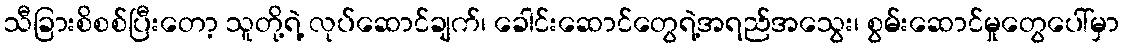
သီခြားစိစစ်ပြီးတော့ သူတို့ရဲ့ လုပ်ဆောင်ချက်၊ ခေါင်းဆောင်တွေရဲ့အရည်အသွေး၊ စွမ်းဆောင်မှုတွေပေါ်မှာ